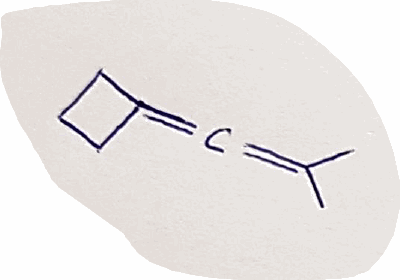
Simplified molecular-input line-entry system (SMILES) notation of the given molecule:
CC(=C=C1CCC1)C